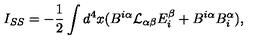
I _ { S S } = - \frac { 1 } { 2 } \int d ^ { 4 } x ( B ^ { i \alpha } { \cal L } _ { \alpha \beta } E _ { i } ^ { \beta } + B ^ { i \alpha } B _ { i } ^ { \alpha } ) ,